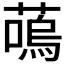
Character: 𫉩